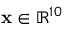
\mathbf { x } \in \mathbb { R } ^ { 1 0 }